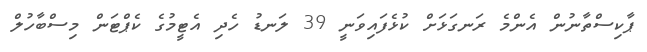
ޕާކިސްތާނުން އެންމެ ރަނގަޅަށް ކުޅެފައިވަނީ 39 ލަނޑު ހެދި އެޓީމުގެ ކެޕްޓަން މިސްބާހުލް